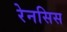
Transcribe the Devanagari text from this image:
रेनसिस